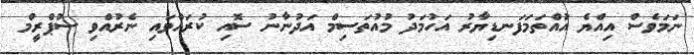
ނަމަވެސް އިއްޔެ އުއްތަމަފަނޑިޔާރު އަހުމަދު މުއުތަސިމް އަދުނާނު ސޮއި ކުރައްވައި ނެރުއްވި ސުޕްރީމް